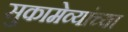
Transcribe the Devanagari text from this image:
सुकामेव्यांच्या